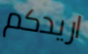
اريدكم